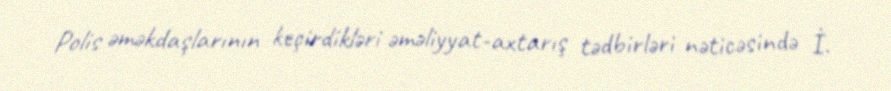
Polis əməkdaşlarının keçirdikləri əməliyyat-axtarış tədbirləri nəticəsində İ.